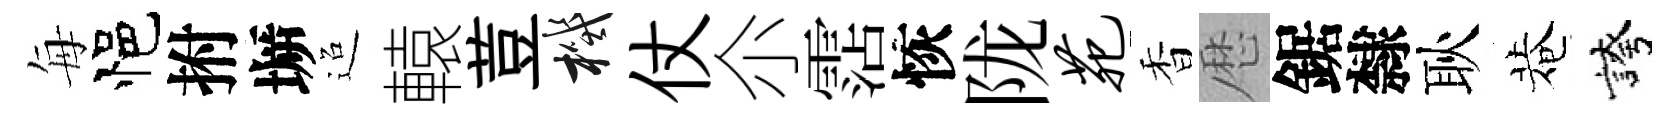
每悒拊󶱲迢轅荳機仗尒霑恢陇苑香厯鋸隸耿菴誇